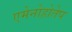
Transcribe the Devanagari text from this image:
एमेनोहोतेप